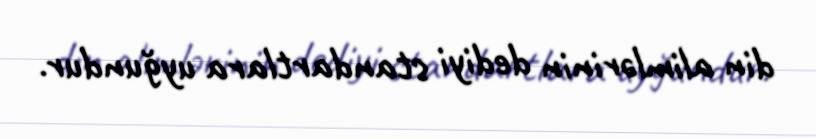
din alimlərinin dediyi standartlara uyğundur.